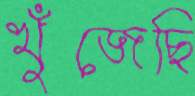
খুঁজেছি